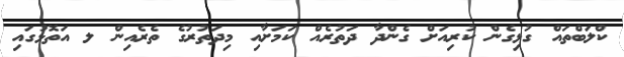
ކްލަބްތައް ގުޅިގެން ކުރިއަށް ގެންދާ ދަތުރެއް ކަމަށާއި މިދަތުރުގެ ތެރެއިން ލ އަތޮޅުގައި